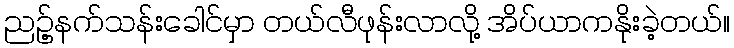
ညဥ့်နက်သန်းခေါင်မှာ တယ်လီဖုန်းလာလို့ အိပ်ယာကနိုးခဲ့တယ်။